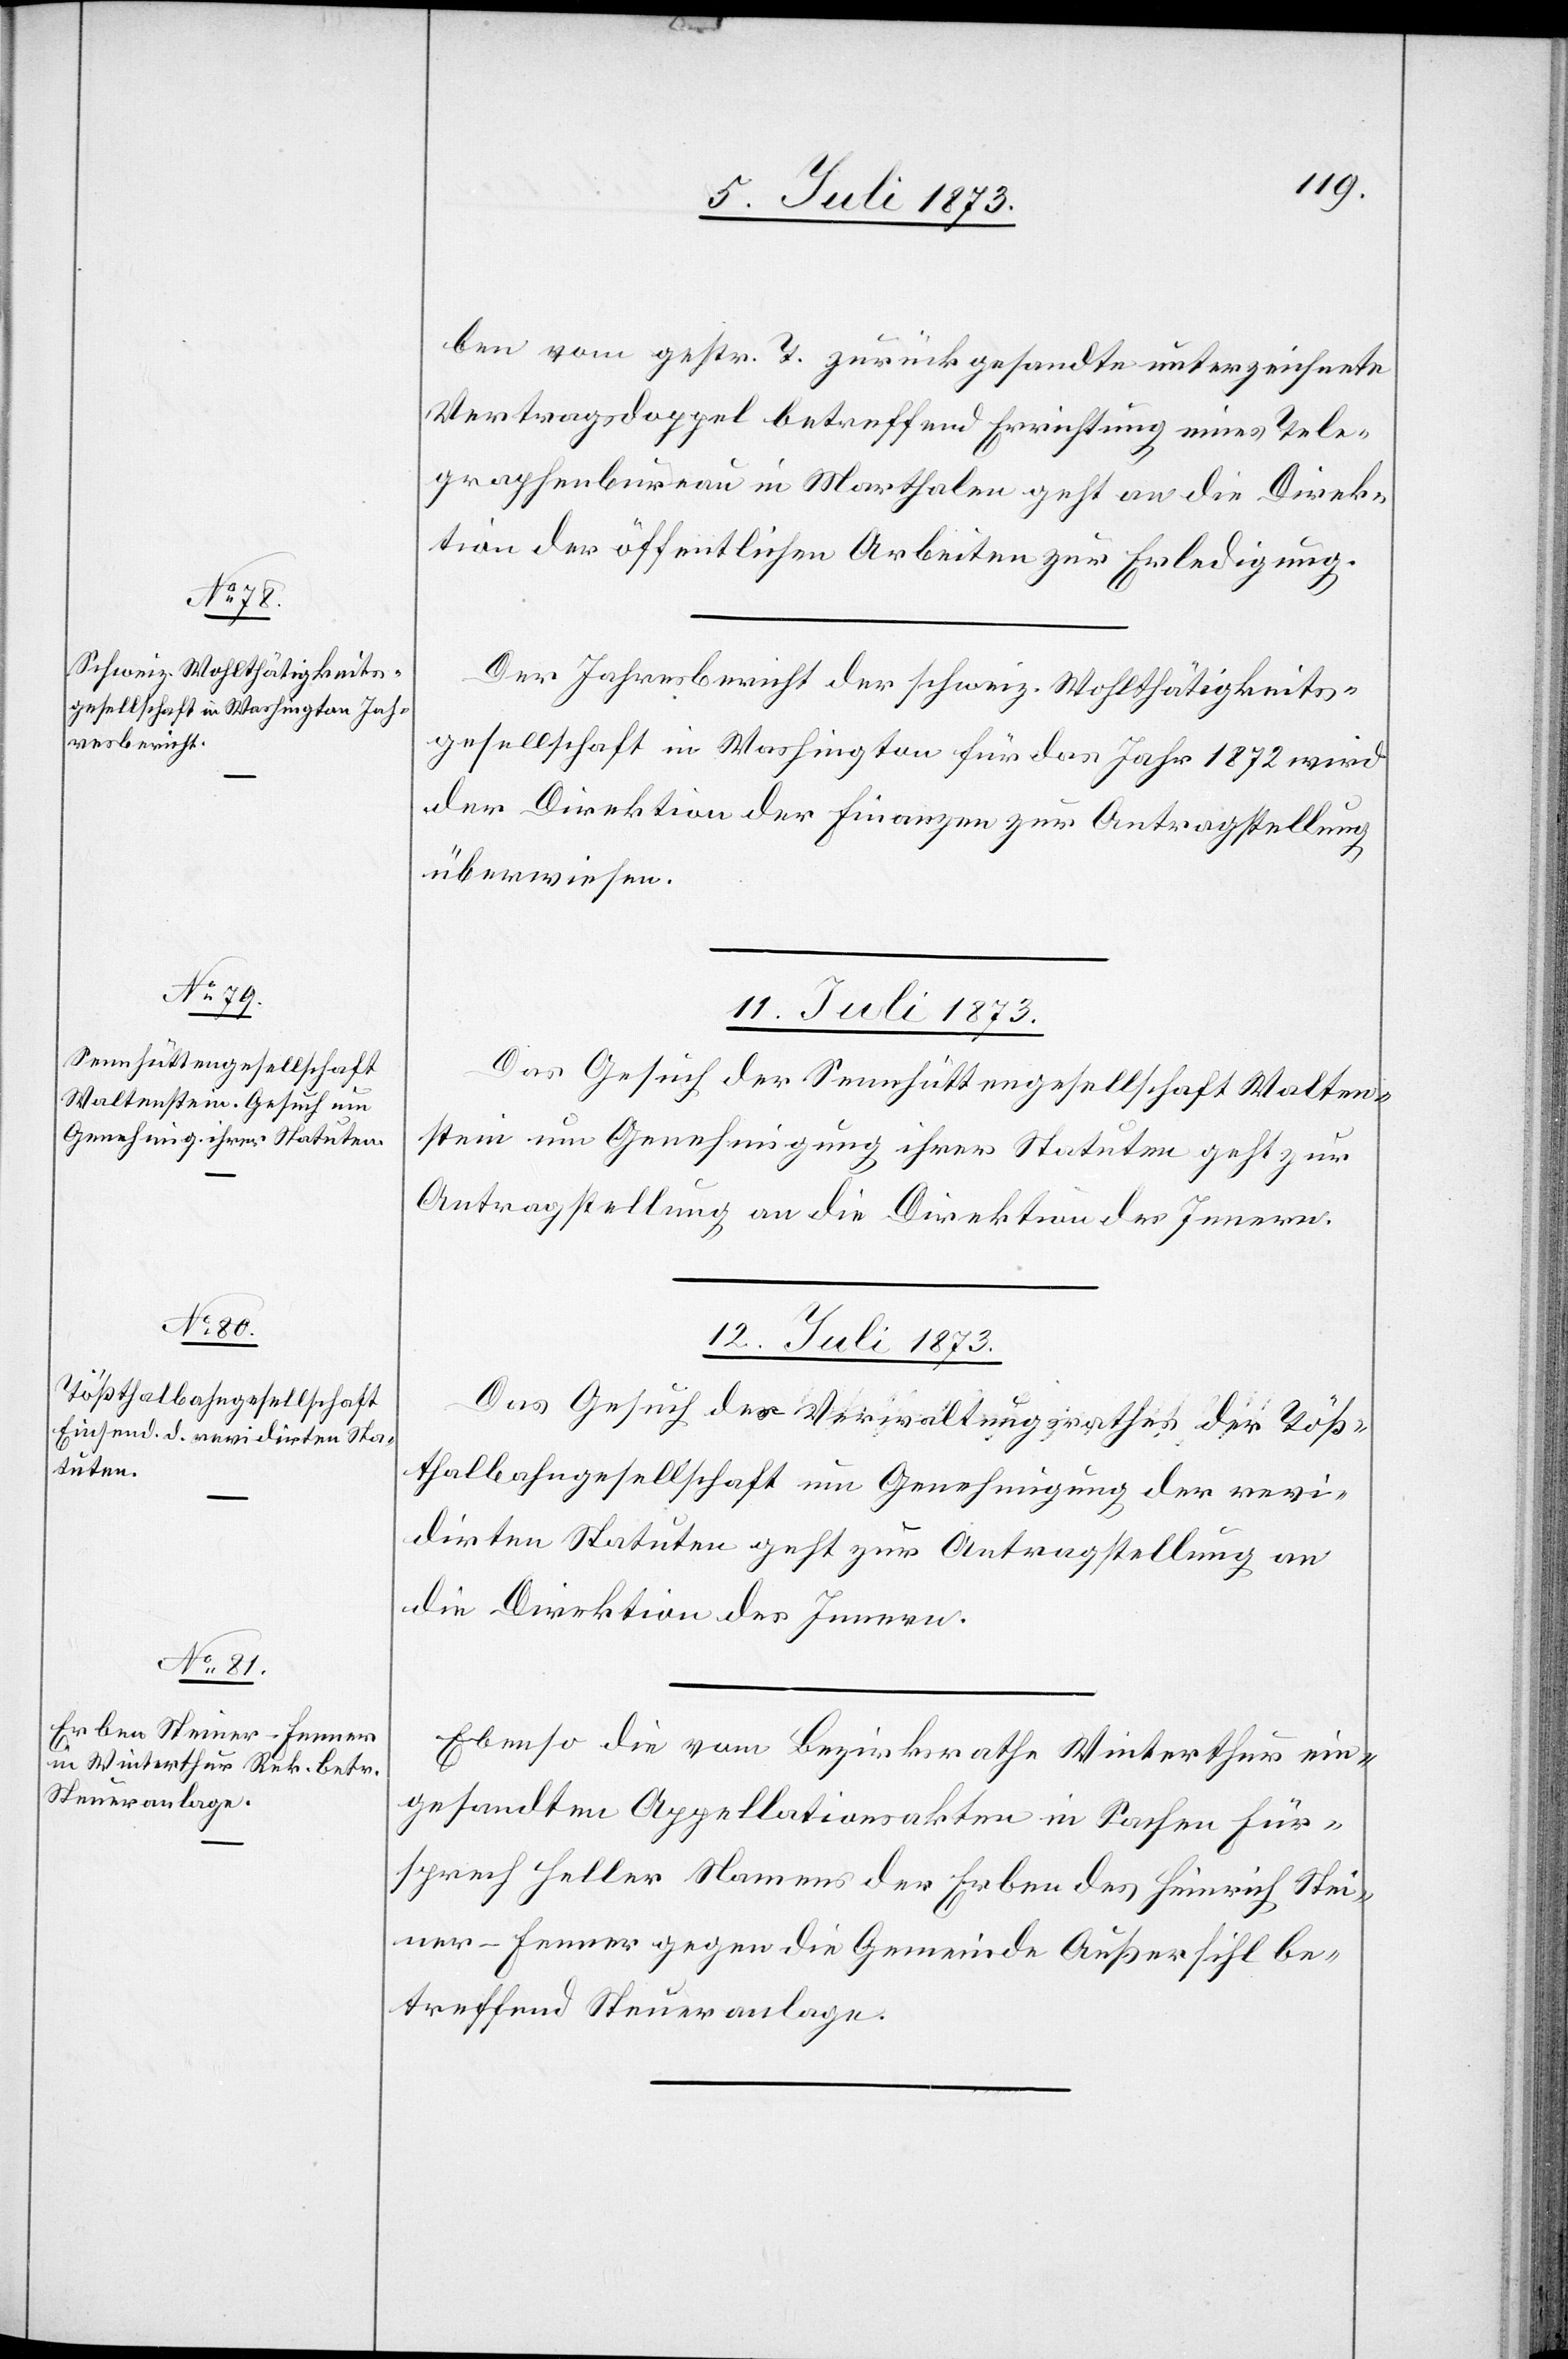
ben vom gestr. T. zurückgesandte unterzeichnete
Vertragsdoppel betreffend Errichtung eines Tele¬
graphenbureau in Marthalen geht an die Direk¬
tion der öffentlichen Arbeiten zur Erledigung.
Der Jahresbericht der schweiz. Wohlthätigkeits¬
gesellschaft in Washington für das Jahr 1872 wird
der Direktion der Finanzen zur Antragstellung
überwiesen.
11. Juli 1873.
Das Gesuch der Sennhüttengesellschaft Walten¬
stein um Genehmigung ihrer Statuten geht zur
Antragstellung an die Direktion des Innern.
12. Juli 1873.]
Das Gesuch des Verwaltungsrathes der Töß¬
thalbahngesellschaft um Genehmigung der revi¬
dirten Statuten geht zur Antragstellung an
die Direktion des Innern.
Ebenso die vom Bezirksrathe Winterthur ein¬
gesandten Appellationsakten in Sachen Für¬
sprech Heller Namens der Erben des Heinrich Stei¬
ner-Fenner gegen die Gemeinde Außersihl be¬
treffend Steueranlage.